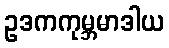
ဥဒကကုမ္ဘမာဒါယ